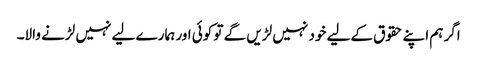
اگر ہم اپنے حقوق کےلیے خود نہیں لڑیں گے تو کوئی اور ہمارے لیے نہیں لڑنے والا۔